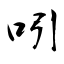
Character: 吲